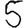
Digit: 5